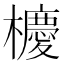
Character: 櫦